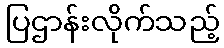
ပြဌာန်းလိုက်သည့်